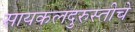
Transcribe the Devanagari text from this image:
सायकलदुरुस्तीचे